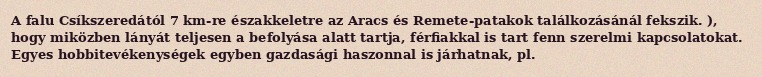
A falu Csíkszeredától 7 km-re északkeletre az Aracs és Remete-patakok találkozásánál fekszik. ), hogy miközben lányát teljesen a befolyása alatt tartja, férfiakkal is tart fenn szerelmi kapcsolatokat. Egyes hobbitevékenységek egyben gazdasági haszonnal is járhatnak, pl.